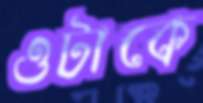
ওটাকে